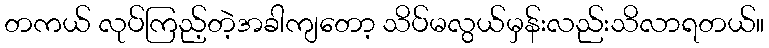
တကယ် လုပ်ကြည့်တဲ့အခါကျတော့ သိပ်မလွယ်မှန်းလည်းသိလာရတယ်။